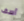
آسف